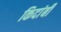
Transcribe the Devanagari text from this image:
किदांबी